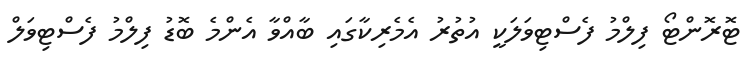
ޓޮރޮންޓޯ ފިލްމު ފެސްޓިވަލަކީ އުތުރު އެމެރިކާގައި ބާއްވާ އެންމެ ބޮޑު ފިލްމު ފެސްޓިވަލް